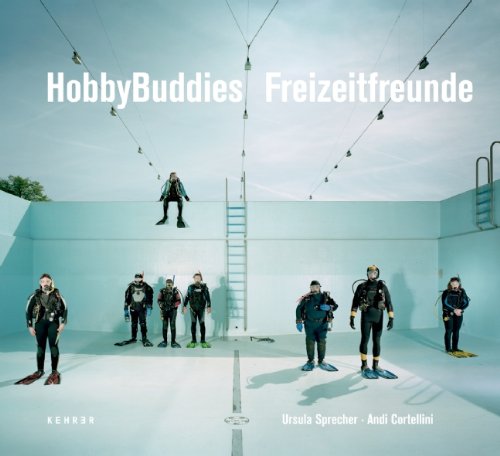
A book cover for HobbyBuddies; Travel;